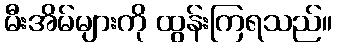
မီးအိမ်များကို ထွန်းကြရသည်။